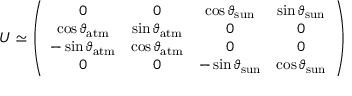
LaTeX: U \simeq \left( \begin{array} { c c c c } { { 0 } } & { { 0 } } & { { \cos \vartheta _ { \mathrm { s u n } } } } & { { \sin \vartheta _ { \mathrm { s u n } } } } \\ { { \cos \vartheta _ { \mathrm { a t m } } } } & { { \sin \vartheta _ { \mathrm { a t m } } } } & { { 0 } } & { { 0 } } \\ { { - \sin \vartheta _ { \mathrm { a t m } } } } & { { \cos \vartheta _ { \mathrm { a t m } } } } & { { 0 } } & { { 0 } } \\ { { 0 } } & { { 0 } } & { { - \sin \vartheta _ { \mathrm { s u n } } } } & { { \cos \vartheta _ { \mathrm { s u n } } } } \end{array} \right)